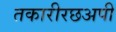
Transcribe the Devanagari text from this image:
तकारीरछअपी